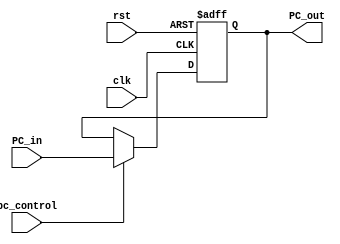
`timescale 1ns / 1ps
//////////////////////////////////////////////////////////////////////////////////
// Company: 
// Engineer: 
// 
// Design Name: 
// Module Name: PC
// Project Name: 
// Target Devices: 
// Tool Versions: 
// Description: 
// 
// Dependencies: 
// 
// Revision:
// Revision 0.01 - File Created
// Additional Comments:
// 
//////////////////////////////////////////////////////////////////////////////////


module PC(
    input pc_control,
    input [31:0]PC_in,
    output reg [31:0]PC_out,
    input rst,clk
    );
    always@(posedge clk or posedge rst)
    if(rst) PC_out <= 0;
    else begin
        if(pc_control) PC_out <= PC_in;
        else if(!pc_control)PC_out <= PC_out;
    end
endmodule